Indian journal of veterinary science and animal husbandry - Volume 1,
Year: 1931
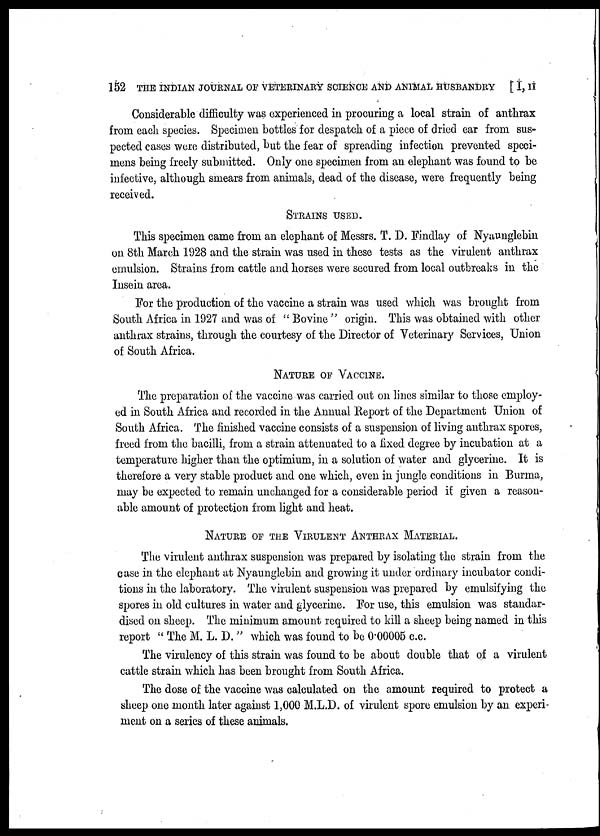
152 THE INDIAN JOURNAL OF VETERINARY SCIENCE AND ANIMAL HUSBANDRY [ I, II
Considerable difficulty was experienced in procuring a local strain of anthrax
from each species. Specimen bottles for despatch of a piece of dried ear from sus-
pected cases were distributed, but the fear of spreading infection prevented speci-
mens being freely submitted. Only one specimen from an elephant was found to be
infective, although smears from animals, dead of the disease, were frequently being
received.
STRAINS USED.
This specimen came from an elephant of Messrs. T. D. Findlay of Nyaunglebin
on 8th March 1928 and the strain was used in these tests as the virulent anthrax
emulsion. Strains from cattle and horses were secured from local outbreaks in the
Insein area.
For the production of the vaccine a strain was used which was brought from
South Africa in 1927 and was of " Bovine " origin. This was obtained with other
anthrax strains, through the courtesy of the Director of Veterinary Services, Union
of South Africa.
NATURE OF VACCINE.
The preparation of the vaccine was carried out on lines similar to those employ-
ed in South Africa and recorded in the Annual Report of the Department Union of
South Africa. The finished vaccine consists of a suspension of living anthrax spores,
freed from the bacilli, from a strain attenuated to a fixed degree by incubation at a
temperature higher than the optimium, in a solution of water and glycerine. It is
therefore a very stable product and one which, even in jungle conditions in Burma,
may be expected to remain unchanged for a considerable period if given a reason-
able amount of protection from light and heat.
NATURE OF THE VIRULENT ANTHRAX MATERIAL.
The virulent anthrax suspension was prepared by isolating the strain from the
case in the elephant at Nyaunglebin and growing it under ordinary incubator condi-
tions in the laboratory. The virulent suspension was prepared by emulsifying the
spores in old cultures in water and glycerine. For use, this emulsion was standar-
dised on sheep. The minimum amount required to kill a sheep being named in this
report " The M. L. D." which was found to be 0.00005 c.c.
The virulency of this strain was found to be about double that of a virulent
cattle strain which has been brought from South Africa.
The dose of the vaccine was calculated on the amount required to protect a
sheep one month later against 1,000 M.L.D. of virulent spore emulsion by an experi-
ment on a series of these animals.